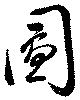
図